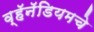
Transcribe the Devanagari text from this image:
व्हॅनॅडियमचे